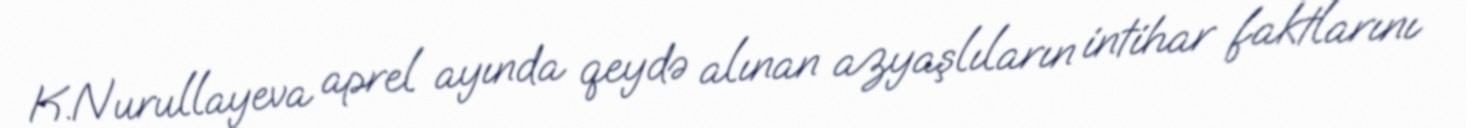
K.Nurullayeva aprel ayında qeydə alınan azyaşlıların intihar faktlarını